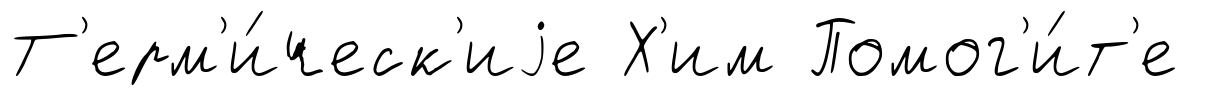
Т'ерм'и́ческ'иjе Х'им Помог'и́т'е